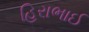
હિરાભાઈ